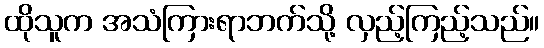
ထိုသူက အသံကြားရာဘက်သို့ လှည့်ကြည့်သည်။